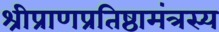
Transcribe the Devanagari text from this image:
श्रीप्राणप्रतिष्ठामंत्रस्य